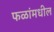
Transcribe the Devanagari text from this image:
फळांमधील